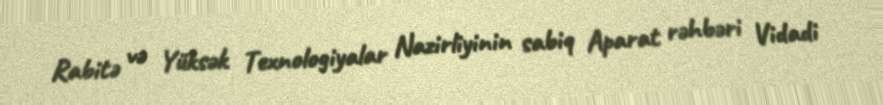
Rabitə və Yüksək Texnologiyalar Nazirliyinin sabiq Aparat rəhbəri Vidadi